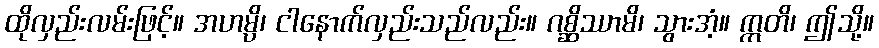
ထိုလှည်းလမ်းဖြင့်။ အဟမ္ပိ၊ ငါနောက်လှည်းသည်လည်း။ ဂစ္ဆိဿာမိ၊ သွားအံ့။ ဣတိ၊ ဤသို့။